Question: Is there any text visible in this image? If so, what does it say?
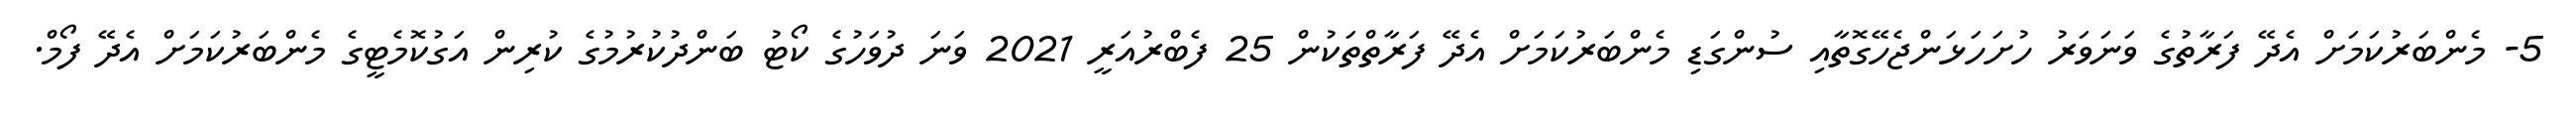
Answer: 5- މެންބަރުކަމަށް އެދޭ ފަރާތުގެ ވަނަވަރު ހުށަހަޅަންޖެހޭގޮތާއި ސުންގަޑި މެންބަރުކަމަށް އެދޭ ފަރާތްތަކުން 25 ފެބްރުއަރީ 2021 ވަނަ ދުވަހުގެ ކޯޓު ބަންދުކުރުމުގެ ކުރިން އަގުކޮމެޓީގެ މެންބަރުކަމަށް އެދޭ ފޯމް.